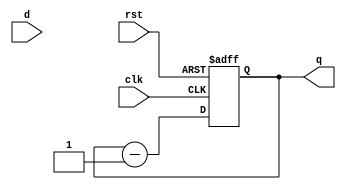
module mod8_down_counter(q,d,clk,rst);
  output reg[2:0]q=3'b111;
  input [2:0]d;
  input clk,rst;
  always@(posedge clk or posedge rst)
  begin
    if(rst)
      q<=3'b111;
  else
    q<=q-1;
  end
endmodule